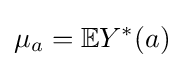
\mu _{a}=\mathbb {E} Y^{*}(a)